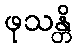
ဖုသန္တိ